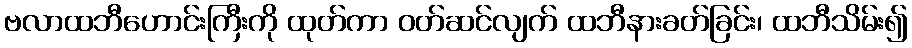
ဗလာထဘီဟောင်းကြီးကို ထုတ်ကာ ဝတ်ဆင်လျက် ထဘီနားခတ်ခြင်း၊ ထဘီသိမ်း၍